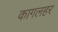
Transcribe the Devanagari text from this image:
कागलहर